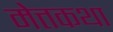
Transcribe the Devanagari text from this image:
मेत्तकथा